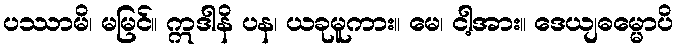
ပဿာမိ၊ မမြင်။ ဣဒါနိ ပန၊ ယခုမူကား။ မေ၊ ငါ့အား။ ဒေယျဓမ္မောပိ